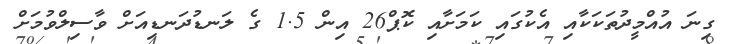
ގިނަ އުއްމީދުތަކަކާއި އެކުގައި ކަމަށާއި ކޮޕް26 އިން 1.5 ގެ ލަނޑުދަނޑިއަށް ވާސިލްވުމަށް